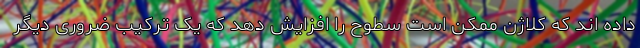
داده اند که کلاژن ممکن است سطوح را افزایش دهد که یک ترکیب ضروری دیگر